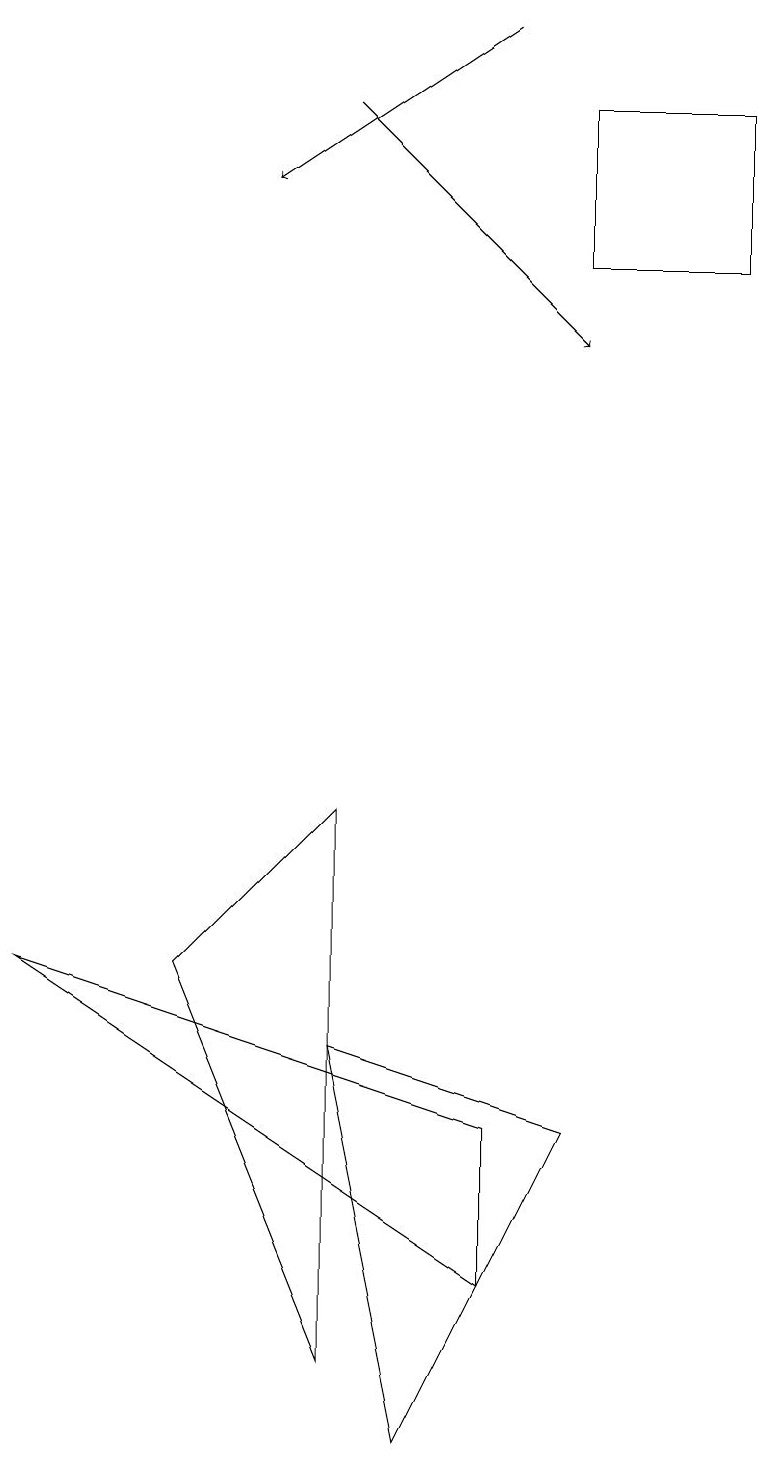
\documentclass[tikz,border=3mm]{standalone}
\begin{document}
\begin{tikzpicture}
\draw (7,18) rectangle (7,17);
\draw[->] (6,19) -- (3,17);
\draw (5,1) -- (4,6) -- (7,5) -- cycle;
\draw (4,2) -- (4,9) -- (2,7) -- cycle;
\draw[->] (4,18) -- (7,15);
\draw (6,3) -- (6,5) -- (0,7) -- cycle;
\draw (9,16) rectangle (7,18);
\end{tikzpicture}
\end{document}